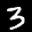
Label: 3